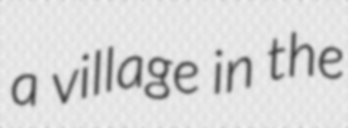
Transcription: a village in the